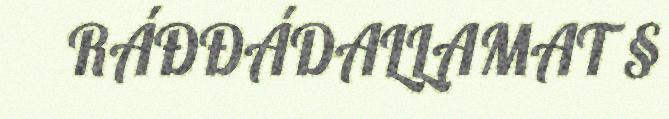
RÁĐĐÁDALLAMAT §